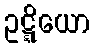
ဥဋ္ဋိယော